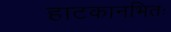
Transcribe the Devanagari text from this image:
हाटकानभितः